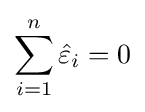
\sum _{i=1}^{n}{\hat {\varepsilon }}_{i}=0